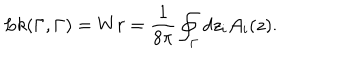
L k ( \Gamma , \Gamma ) = W r = \frac { 1 } { 8 \pi } \oint _ { \Gamma } d z _ { i } { \mathcal { A } } _ { i } ( z ) .